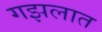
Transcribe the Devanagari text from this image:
गझलात